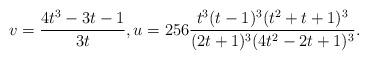
LaTeX: \begin{align*}v = \frac{4t^3 - 3t - 1}{3t}, u = 256\frac{t^3(t-1)^3(t^2+t+1)^3}{(2t+1)^3(4t^2-2t+1)^3}.\end{align*}